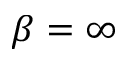
\beta = \infty